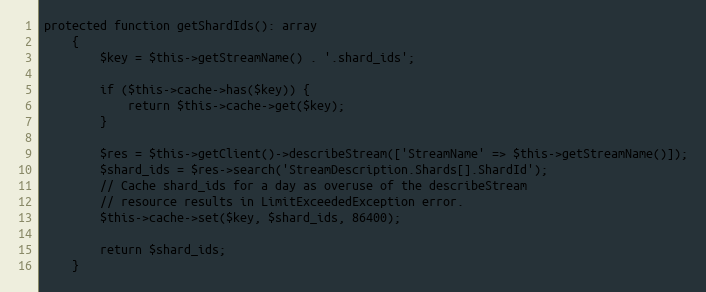
Language: PHP
protected function getShardIds(): array
    {
        $key = $this->getStreamName() . '.shard_ids';

        if ($this->cache->has($key)) {
            return $this->cache->get($key);
        }

        $res = $this->getClient()->describeStream(['StreamName' => $this->getStreamName()]);
        $shard_ids = $res->search('StreamDescription.Shards[].ShardId');
        // Cache shard_ids for a day as overuse of the describeStream
        // resource results in LimitExceededException error.
        $this->cache->set($key, $shard_ids, 86400);

        return $shard_ids;
    }